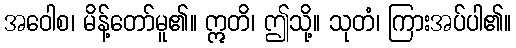
အဝေါစ၊ မိန့်တော်မူ၏။ ဣတိ၊ ဤသို့။ သုတံ၊ ကြားအပ်ပါ၏။